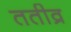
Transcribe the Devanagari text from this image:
ततीव्र